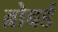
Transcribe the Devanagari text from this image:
ब्रोवर्ड